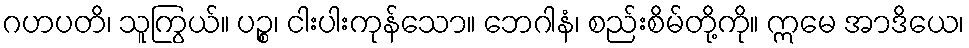
ဂဟပတိ၊ သူကြွယ်။ ပဉ္စ၊ ငါးပါးကုန်သော။ ဘေဂါနံ၊ စည်းစိမ်တို့ကို။ ဣမေ အာဒိယေ၊